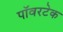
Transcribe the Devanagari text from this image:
पॉवरटेक